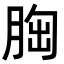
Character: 𦛳